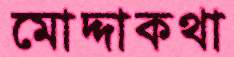
মোদ্দাকথা